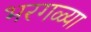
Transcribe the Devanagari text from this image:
भरगळ्या